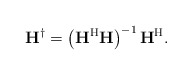
\begin{align*}\mathbf{H}^\dag = \left( {\mathbf{H}^\mathrm{H} \mathbf{H}} \right)^{-1} \mathbf{H}^\mathrm{H}.\end{align*}